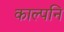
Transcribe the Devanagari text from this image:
काल्पनि